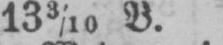
133/10B.